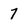
Character: 7